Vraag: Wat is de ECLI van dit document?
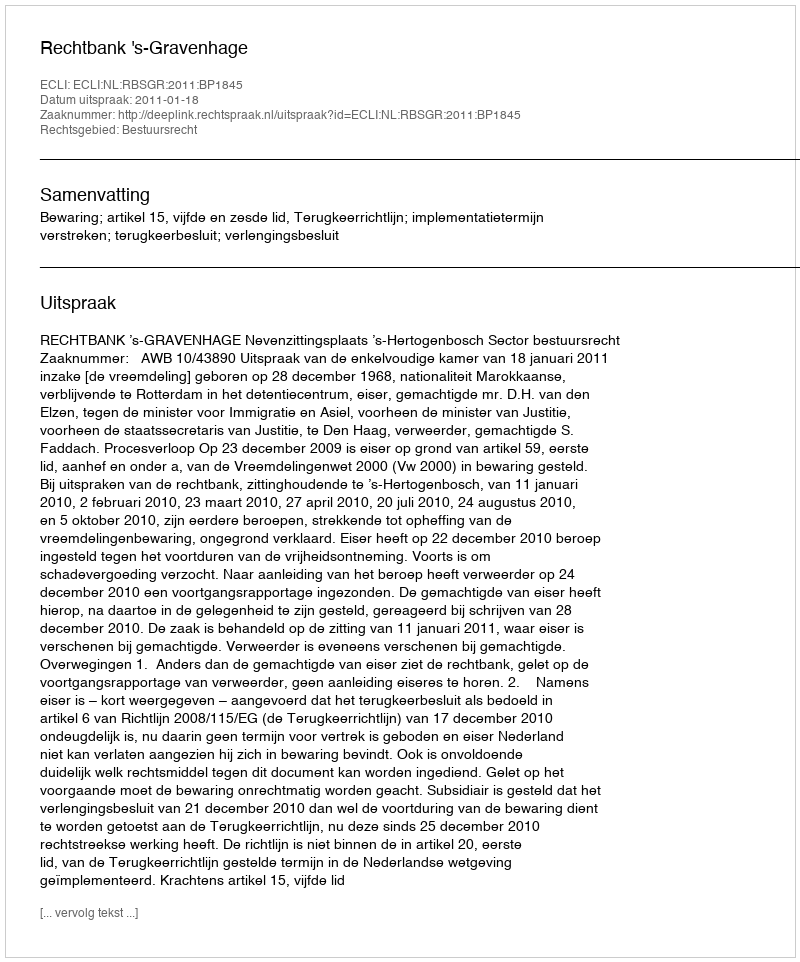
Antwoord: ECLI:NL:RBSGR:2011:BP1845